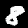
Label: 8